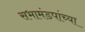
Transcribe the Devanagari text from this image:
सभामंडपांच्या